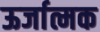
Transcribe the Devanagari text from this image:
ऊर्जात्मक